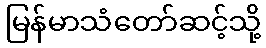
မြန်မာသံတော်ဆင့်သို့